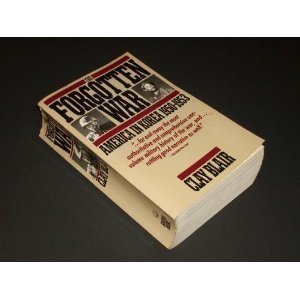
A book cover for The Forgotten War: America in Korea 1950-1953; Clay Blair; History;